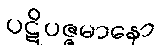
ပဋိပဇ္ဇမာနော